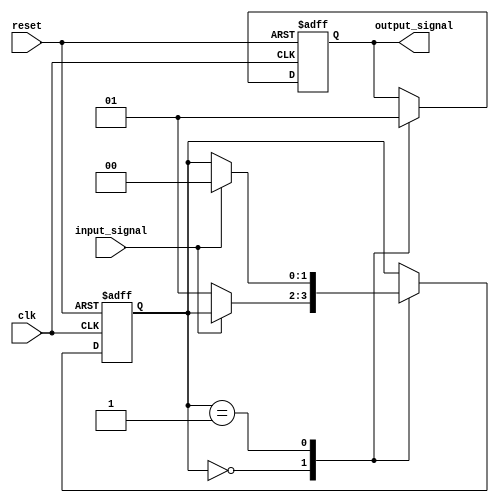
module Schmitt_trigger_inverter (
    input wire clk,
    input wire reset,
    input wire input_signal,
    output reg output_signal
);

reg inverter_output;
reg [1:0] state;

// Inverter gate
assign inverter_output = ~input_signal;

always @(posedge clk or posedge reset) begin
    if (reset) begin
        state <= 2'b00;
    end else begin
        case (state)
            2'b00: begin // Low state
                if (inverter_output) begin
                    state <= 2'b01; // Transition to high state
                end
            end
            2'b01: begin // High state
                if (!inverter_output) begin
                    state <= 2'b00; // Transition to low state
                end
            end
        endcase
    end
end

// Schmitt trigger feedback loop
always @(posedge clk or posedge reset) begin
    if (reset) begin
        output_signal <= 1'b0;
    end else begin
        case (state)
            2'b00: output_signal <= 1'b0; // Low state
            2'b01: output_signal <= 1'b1; // High state
        endcase
    end
end

endmodule